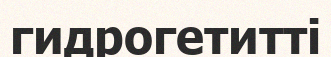
гидрогетитті